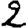
Digit: 2